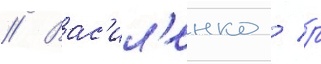
// Вас'ил'енко / р